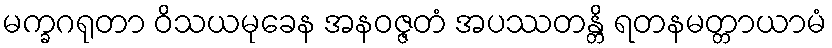
မက္ခဂရုတာ ဝိသယမုခေန အနဝဇ္ဇတံ အပဿတန္တိ ရတနမတ္တာယာမံ